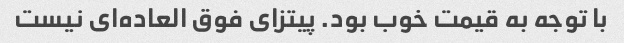
با توجه به قیمت خوب بود. پیتزای فوق العاده‌ای نیست